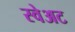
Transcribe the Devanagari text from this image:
स्वेअट